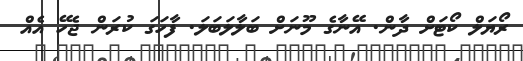
ރޯޔަލް ކޯޓަށް ދާން. އޭނާގެ މޫނަށް ބަލާލަބަލަ. ފާހަގަ ކުރަން ޖެހޭ އެއް